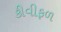
કીવીફળ